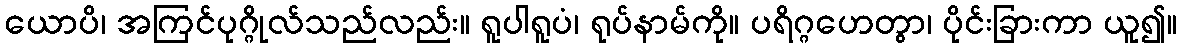
ယောပိ၊ အကြင်ပုဂ္ဂိုလ်သည်လည်း။ ရူပါရူပံ၊ ရုပ်နာမ်ကို။ ပရိဂ္ဂဟေတွာ၊ ပိုင်းခြားကာ ယူ၍။